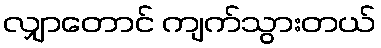
လျှာတောင် ကျက်သွားတယ်